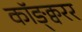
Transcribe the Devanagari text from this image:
कॉङ्क्वरर